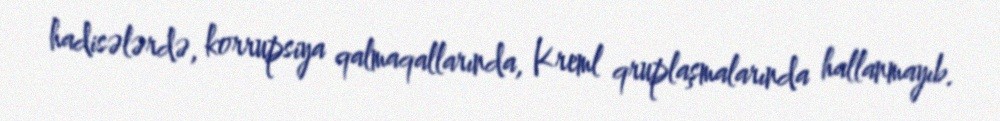
hadisələrdə, korrupsiya qalmaqallarında, Kreml qruplaşmalarında hallanmayıb.